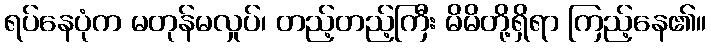
ရပ်နေပုံက မတုန်မလှုပ်၊ တည့်တည့်ကြီး မိမိတို့ရှိရာ ကြည့်နေ၏။